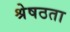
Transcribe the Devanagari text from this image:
श्रेषठता